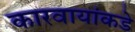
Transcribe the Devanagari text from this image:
कारवायांकडे